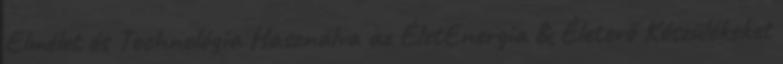
Elmélet és Technológia Használva az ÉletEnergia & Életerő Készülékeket